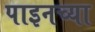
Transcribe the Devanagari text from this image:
पाइनच्या